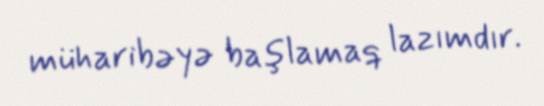
müharibəyə başlamaq lazımdır.